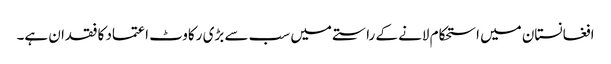
افغانستان میں استحکام لانے کے راستے میں سب سے بڑی رکاوٹ اعتماد کا فقدان ہے۔